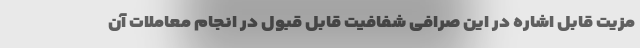
مزیت قابل اشاره در این صرافی شفافیت قابل قبول در انجام معاملات آن